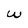
Character: w